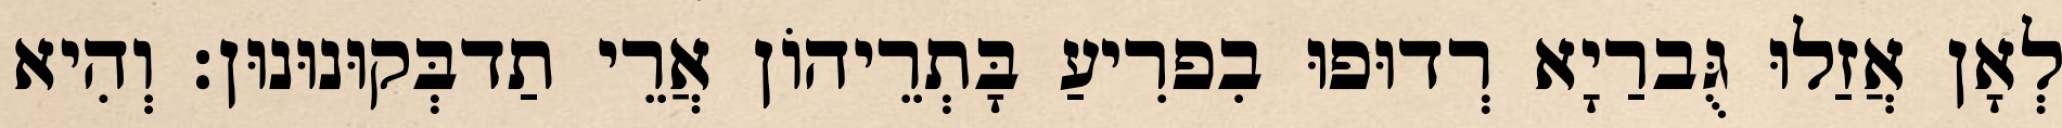
לְאָן אֲזַלוּ גֻּברַיָא רְדוּפוּ בִפרִיעַ בָּתְרֵיהוֹן אֲרֵי תַדבְּקוּנוּנוּן׃ וְהִיא